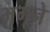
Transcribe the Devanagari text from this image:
भृगूने